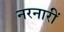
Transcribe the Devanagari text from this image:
नरनारीं